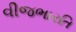
વીજભારતિ